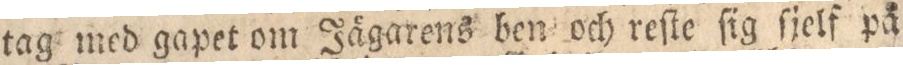
tag med gapet om Jägarens ben och reſte ſig ſjelf på